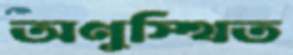
অণুস্থিত